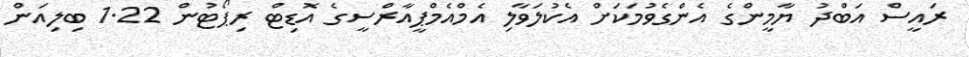
ރައީސް އަބްދު ޔާމީންގެ އެންގެވުމަކަށް އެކުލަވާލި އެމްއެމްޕީއާރްސީގެ އޮޑިޓް ރިޕޯޓުން 1.22 ބިލިއަން